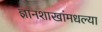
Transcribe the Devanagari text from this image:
ज्ञानशाखांमधल्या